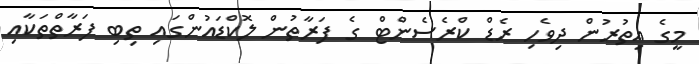
މީގެ އިތުރުން ދިވެހި ރެޑް ކްރެސެންޓް ގެ ފަރާތުން ލޮކްޑައުންގައި ތިބި ފަރާތްތަކާއި